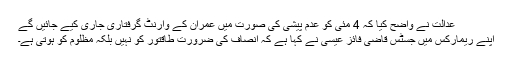
عدالت نے واضح کیا کہ 4 مئی کو عدم پیشی کی صورت میں عمران کے وارنٹ گرفتاری جاری کیے جائیں گے
اپنے ریمارکس میں جسٹس قاضی فائز عیسٰی نے کہا ہے کہ انصاف کی ضرورت طاقتور کو نہیں بلکہ مظلوم کو ہوتی ہے۔